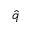
\hat { q }